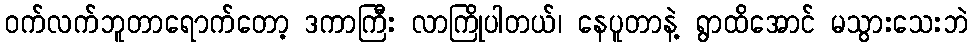
ဝက်လက်ဘူတာရောက်တော့ ဒကာကြီး လာကြိုပါတယ်၊ နေပူတာနဲ့ ရွာထိအောင် မသွားသေးဘဲ